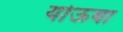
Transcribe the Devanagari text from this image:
योऊबा